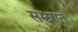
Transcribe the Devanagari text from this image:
सम्भ्रात